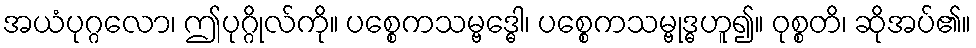
အယံပုဂ္ဂလော၊ ဤပုဂ္ဂိုလ်ကို။ ပစ္စေကသမ္ဗဒ္ဓေါ၊ ပစ္စေကသမ္ဗုဒ္ဓဟူ၍။ ဝုစ္စတိ၊ ဆိုအပ်၏။